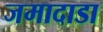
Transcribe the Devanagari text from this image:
जमादाडा